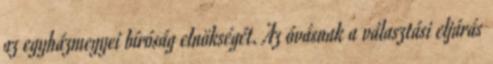
az egyházmegyei bíróság elnökségét. Az óvásnak a választási eljárás